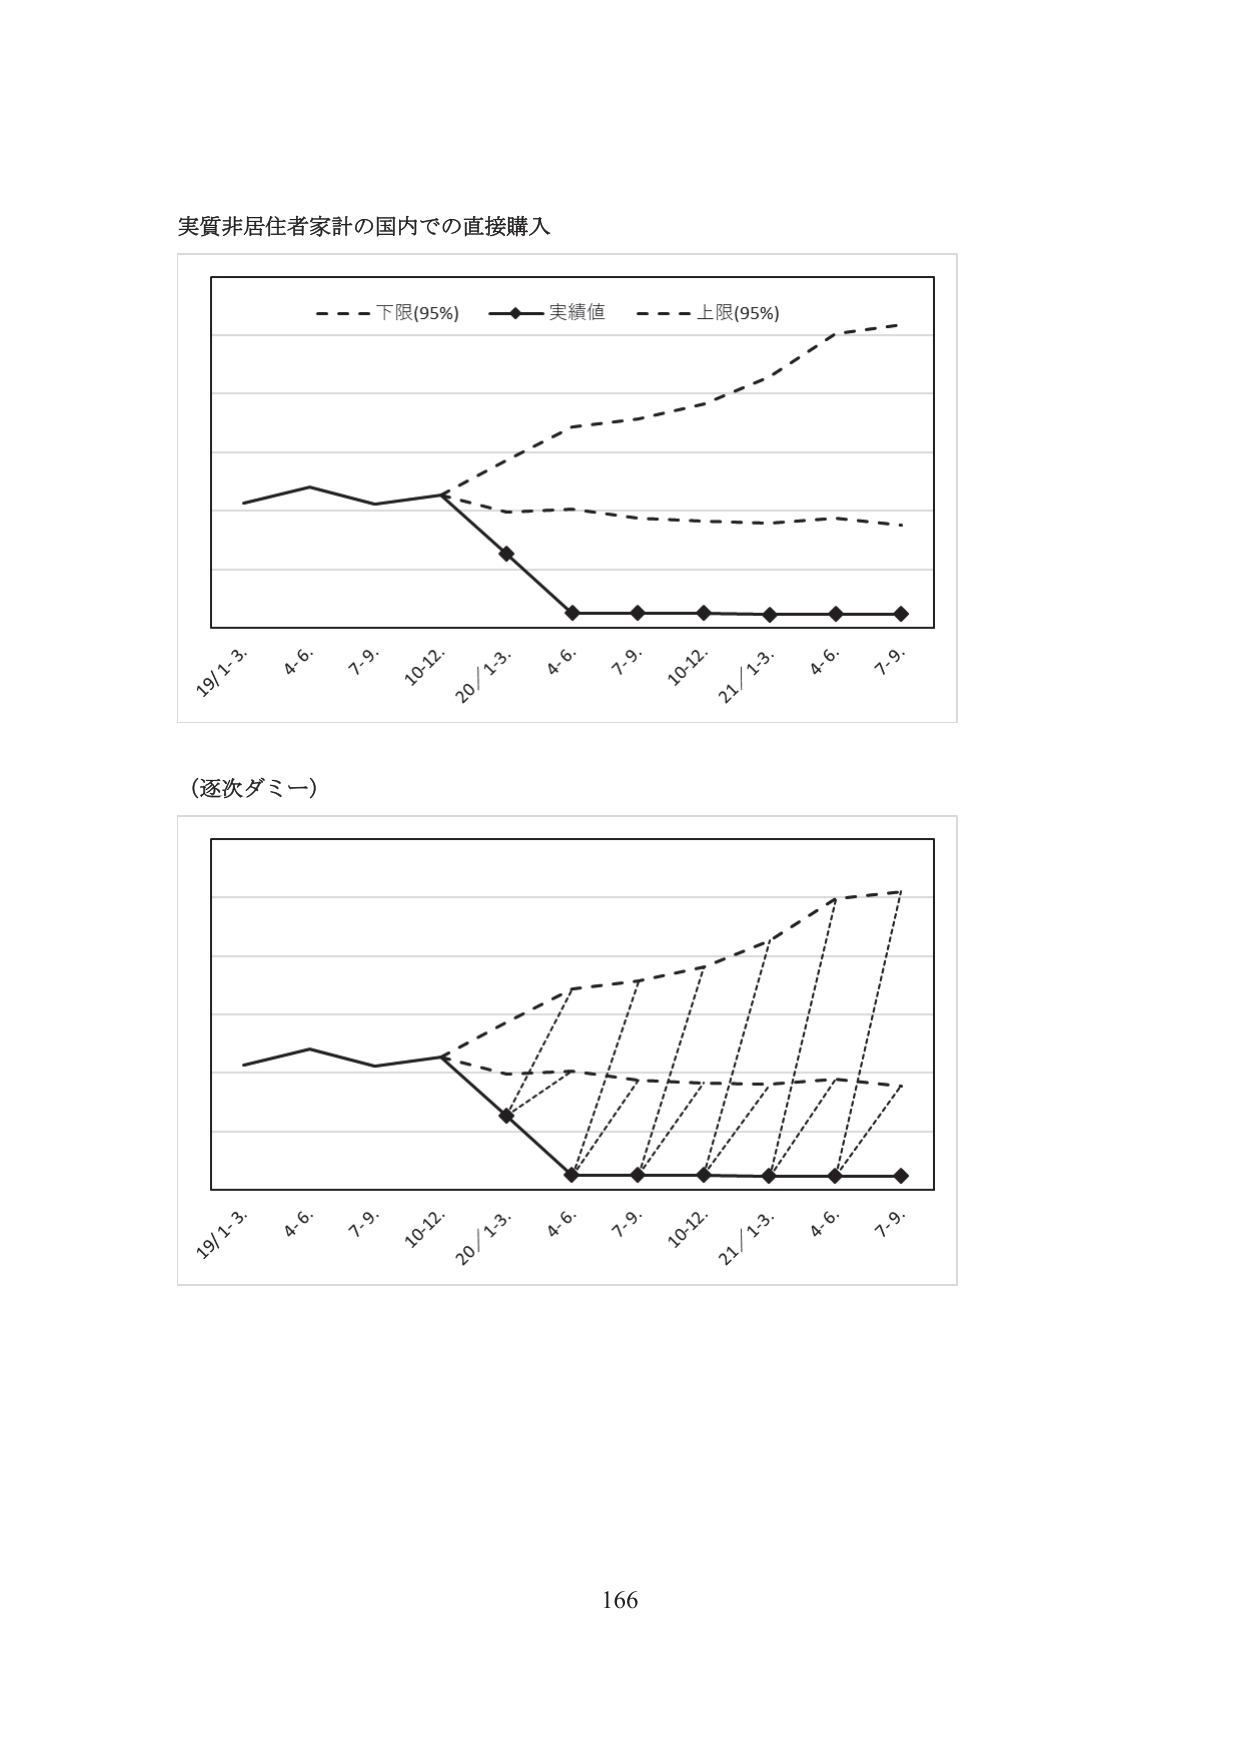
実質非居住者家計の国内での直接購入

- - - 下限(95%)  —◆— 実績値  - - - 上限(95%)

19/1-3.  4.6.  7.9.  10-12.  20/1-3.  4.6.  7.9.  10-12.  21/1-3.  4.6.  7.9.

（逐次ダミー）

19/1-3.  4.6.  7.9.  10-12.  20/1-3.  4.6.  7.9.  10-12.  21/1-3.  4.6.  7.9.

166